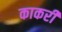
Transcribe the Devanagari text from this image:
काकरी